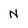
Character: N